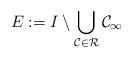
LaTeX: \begin{align*}E:= I\setminus \bigcup_{\mathcal{C}\in \mathcal{R}}\mathcal{C_\infty}\end{align*}